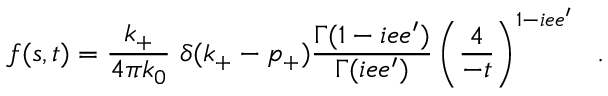
f ( s , t ) = { \frac { k _ { + } } { 4 \pi k _ { 0 } } } ~ { \delta ( k _ { + } - p _ { + } ) } { \frac { \Gamma ( 1 - i e e ^ { \prime } ) } { \Gamma ( i e e ^ { \prime } ) } } \left( \frac { 4 } { - t } \right) ^ { 1 - i e e ^ { \prime } } ~ ~ .